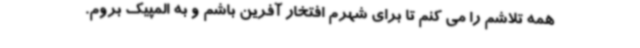
همه تلاشم را می کنم تا برای شهرم افتخار آفرین باشم و به المپیک بروم.